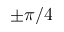
\pm \pi / 4